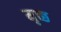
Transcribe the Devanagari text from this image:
मृच्छ